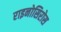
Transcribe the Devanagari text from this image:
राइनोसिरोस